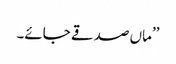
’’ماں صدقے جائے۔